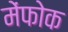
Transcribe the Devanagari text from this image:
मेंफोक